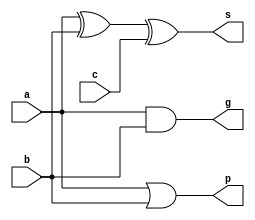
`timescale 1ns / 1ps

module CLA_A_type(a, b, c, g, p, s);
input a;
input b;
input c;
output reg g;
output reg p;
output reg s;

always @(a or b)
begin
	g = a&b;
	p = a|b;
end

always @ (c)
begin
	s=a^b^c;
end

endmodule